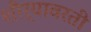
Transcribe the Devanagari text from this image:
शौर्यावरती